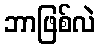
ဘာဖြစ်လဲ